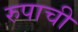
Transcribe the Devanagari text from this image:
रुपाची